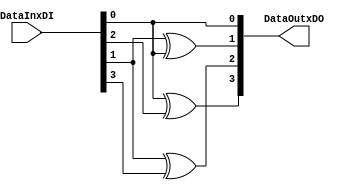
`timescale 1ns / 1ps
//////////////////////////////////////////////////////////////////////////////////
// Company: 
// Engineer: 
// 
// Design Name: 
// Module Name:    square_scaler 
// Project Name: 
// Target Devices: 
// Tool versions: 
// Description: 
//
// Dependencies: 
//
// Revision: 
// Revision 0.01 - File Created
// Additional Comments: 
//
//////////////////////////////////////////////////////////////////////////////////
//square_scaler
module square_scaler( 
   input [3:0]  DataInxDI,
   output  [3:0] DataOutxDO
	);
	
   assign   DataOutxDO[3] = DataInxDI[0] ^ DataInxDI[2];
   assign   DataOutxDO[2] = DataInxDI[1] ^ DataInxDI[3];
   assign   DataOutxDO[1] = DataInxDI[1] ^ DataInxDI[0];
   assign   DataOutxDO[0] = DataInxDI[0];
   
endmodule